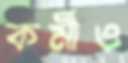
কর্মীও